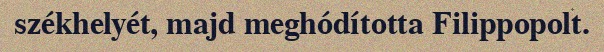
székhelyét, majd meghódította Filippopolt.